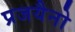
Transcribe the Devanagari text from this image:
प्रजयैनो